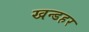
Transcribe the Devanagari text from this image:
खन्डहर